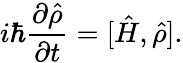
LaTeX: i\hbar\frac{\partial\hat{\rho}}{\partial t}=[\hat{H},\hat{\rho}].